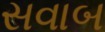
સવાબ